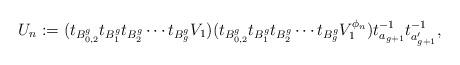
LaTeX: \begin{align*}U_n := (t_{B_{0,2}^g} t_{B_1^g} t_{B_2^g} \cdots t_{B_g^g} V_1) (t_{B_{0,2}^g} t_{B_1^g} t_{B_2^g} \cdots t_{B_g^g} V_1^{\phi_n}) t_{a_{g+1}}^{-1} t_{a_{g+1}^\prime}^{-1}, \end{align*}